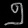
Digit: ၅